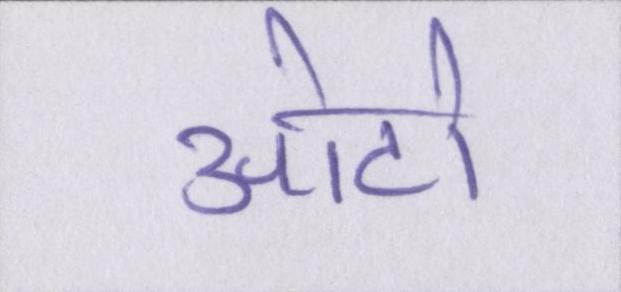
ओटो